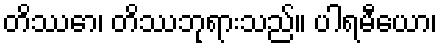
တိဿော၊ တိဿဘုရားသည်။ ပါရမီယော၊